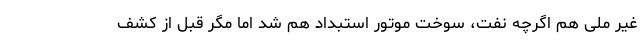
غیر ملی هم اگرچه نفت، سوختِ موتور استبداد هم شد اما مگر قبل از کشف